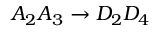
A _ { 2 } A _ { 3 } \rightarrow D _ { 2 } D _ { 4 }